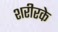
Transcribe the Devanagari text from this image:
शरीरके